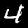
Digit: 4